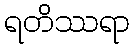
ရတိဿရာ